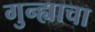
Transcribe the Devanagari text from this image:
गुन्ह्याचा